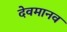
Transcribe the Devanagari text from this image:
देवमानव